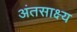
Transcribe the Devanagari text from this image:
अंतसाक्ष्य